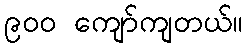
၉၀၀ ကျော်ကျတယ်။